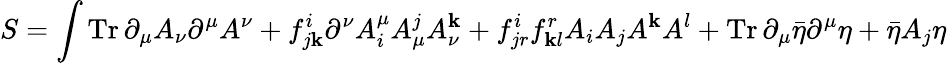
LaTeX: S=\int\operatorname{Tr}\partial_{\mu}A_{\nu}\partial^{\mu}A^{\nu}+f_{j\mathbf{k}}^{i}\partial^{\nu}A_{i}^{\mu}A_{\mu}^{j}A_{\nu}^{\mathbf{k}}+f_{jr}^{i}f_{\mathbf{k}l}^{r}A_{i}A_{j}A^{\mathbf{k}}A^{l}+\operatorname{Tr}\partial_{\mu}{\bar{{\eta}}}\partial^{\mu}\eta+{\bar{{\eta}}}A_{j}\eta